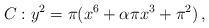
LaTeX: \begin{align*}C : y^2 = \pi(x^6 + \alpha\pi x^3 + \pi^2)\,,\end{align*}